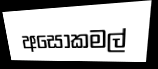
අසෝකමල්